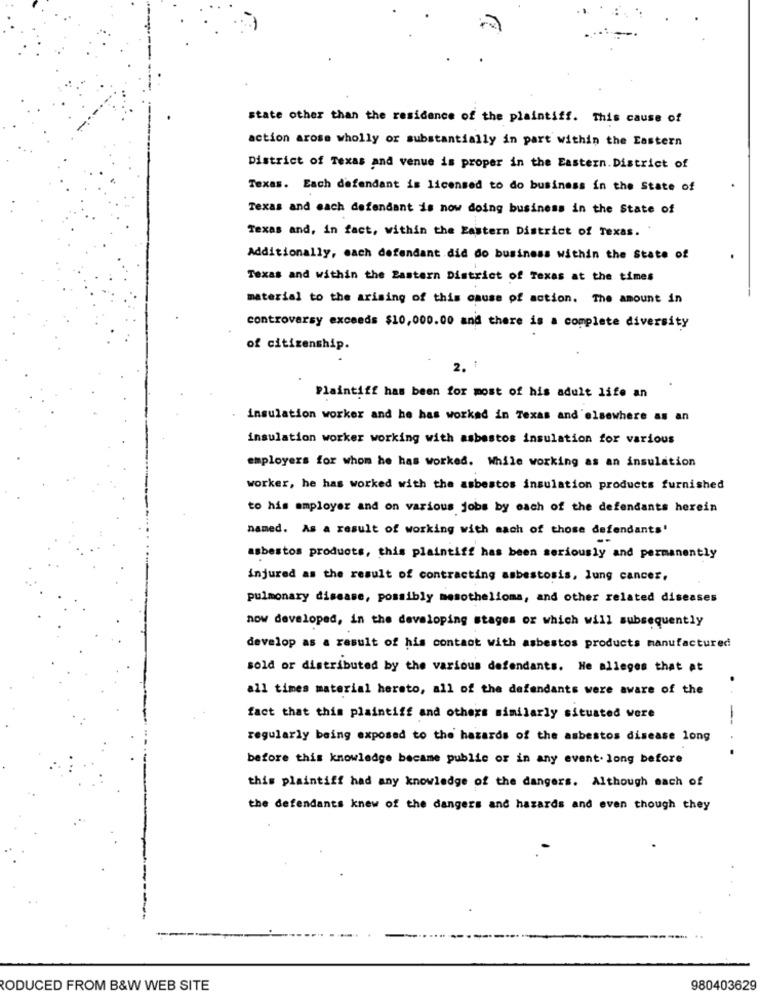
state other than the residence of the plaintiff. This cause of
action arose wholly or substantially in part within the Eastern
District of Texas and venue is proper in the Eastern. District of
Texas. Each defendant is licensed to do business in the State of
Texas and each defendant is now doing business in the State of
Texas and, in fact, within the Eastern District of Texas.
Additionally, each defendant did do business within the State of
Texas and within the Bastern District of Texas at the times
material to the arising of this cause of action. The amount in
controversy exceeds $10,000.00 and there is a complete diversity
of citizenship.
2.
Plaintiff has been for most of his adult life an
. insulation worker and he has worked in Texas and elsewhere as an
insulation worker working with asbestos insulation for various
employers for whom he has worked. While working as an insulation
worker, he has worked with the asbestos insulation products furnished
to his employer and on various jobs by each of the defendants herein
named. As a result of working with each of those defendants'
asbestos products, this plaintiff has been seriously and permanently
injured as the result of contracting asbestosis, lung cancer,
pulmonary disease, possibly mesothelioma, and other related diseases
now developed, in the developing stages or which will subsequently
develop as a result of his contact with asbestos products manufactured
sold or distributed by the various defendants. He alleges that at
all times material hereto, all of the defendants were aware of the
fact that this plaintiff and others similarly situated were
--
regularly being exposed to the hazards of the asbestos disease long
before this knowledge became publie or in any event. long before
this plaintiff had any knowledge of the dangers. Although each of
the defendants knew of the dangers and hazards and even though they
RODUCED FROM B&W WEB SITE
980403629